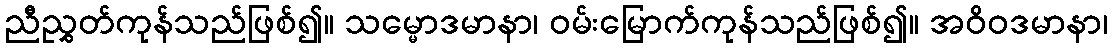
ညီညွှတ်ကုန်သည်ဖြစ်၍။ သမ္မောဒမာနာ၊ ဝမ်းမြောက်ကုန်သည်ဖြစ်၍။ အဝိဝဒမာနာ၊